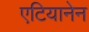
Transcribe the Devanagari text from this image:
एटियानेन